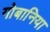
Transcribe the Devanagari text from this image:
गोबानिया